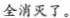
全消灭了。